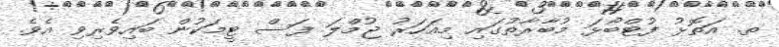
ތ. އަތޮޅު ފުޓްބޯޅަ މުބާރާތުގައި މިއަހަރު ޖުމްލަ ފަސް ޓީމަކުން ބައިވެރިވި އެވެ.